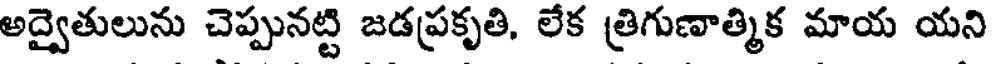
అద్వైతులును చెప్పునట్టి జడప్రకృతి, లేక త్రిగుణాత్మిక మాయ యని